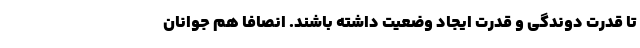
تا‌ قدرت دوندگی و قدرت ایجاد وضعیت‌ داشته باشند. انصافاً هم جوانان